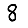
Digit: 8